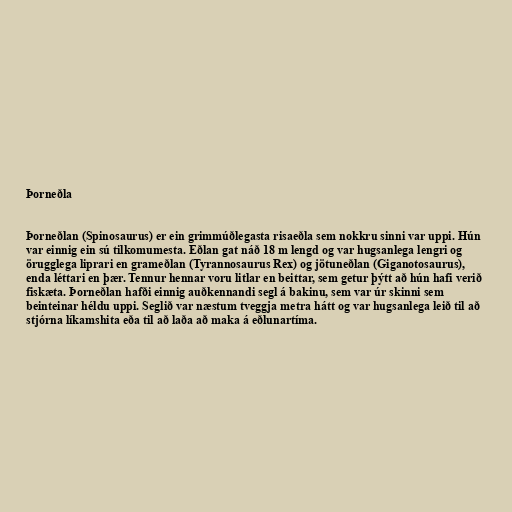
Þorneðla

Þorneðlan (Spinosaurus) er ein grimmúðlegasta risaeðla sem nokkru sinni var uppi. Hún
var einnig ein sú tilkomumesta. Eðlan gat náð 18 m lengd og var hugsanlega lengri og
örugglega liprari en grameðlan (Tyrannosaurus Rex) og jötuneðlan (Giganotosaurus),
enda léttari en þær. Tennur hennar voru litlar en beittar, sem getur þýtt að hún hafi verið
fiskæta. Þorneðlan hafði einnig auðkennandi segl á bakinu, sem var úr skinni sem
beinteinar héldu uppi. Seglið var næstum tveggja metra hátt og var hugsanlega leið til að
stjórna líkamshita eða til að laða að maka á eðlunartíma.